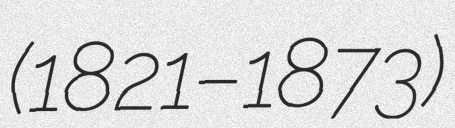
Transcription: (1821–1873)